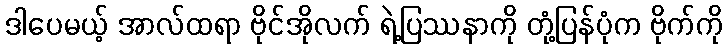
ဒါပေမယ့် အာလ်ထရာ ဗိုင်အိုလက် ရဲ့ပြဿနာကို တုံ့ပြန်ပုံက ဗိုက်ကို